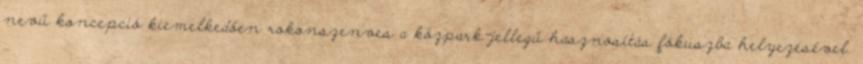
nevű koncepció kiemelkedően rokonszenves a közpark-jellegű hasznosítás fókuszba helyezésével.